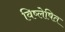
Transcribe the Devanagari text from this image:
विष्लेषित